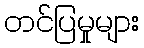
တင်ပြမှုများ